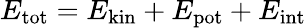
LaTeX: E_{\mathrm{tot}}=E_{\mathrm{kin}}+E_{\mathrm{pot}}+E_{\mathrm{int}}